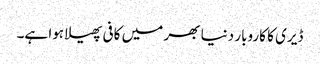
ڈیری کا کاروبار دنیا بھر میں کافی پھیلا ہوا ہے۔